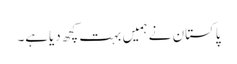
پاکستان نے ہمیں بہت کچھ دیاہے۔